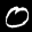
Label: 0